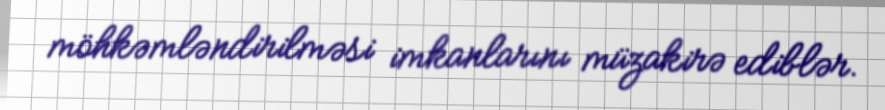
möhkəmləndirilməsi imkanlarını müzakirə ediblər.